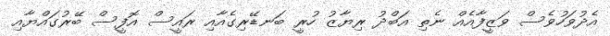
އެދުވަހުވެސް ވަޒީފާއެއް ނެތި އަބްދު ރިޔާޒު ހުރީ ބަނޑޭރިގެއާއި ރައީސް އޮފީސް ބޭރުގައްޔާއި